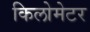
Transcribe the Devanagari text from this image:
किलोमेटर